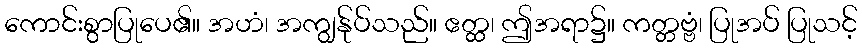
ကောင်းစွာပြုပေ၏။ အဟံ၊ အကျွန်ုပ်သည်။ ဧတ္ထ၊ ဤအရာ၌။ ကတ္တဗ္ဗံ၊ ပြုအပ် ပြုသင့်